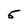
Character: 5